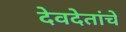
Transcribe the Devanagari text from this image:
देवदेतांचे